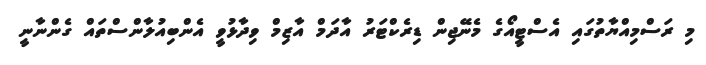
މި ރަސްމިއްޔާތުގައި އެސްޓީއޯގެ މެނޭޖިން ޑިރެކްޓަރު އާދަމް އާޒިމް ވިިދާޅުވީ އެންބިއުލާންސްތައް ގެންނާނީ